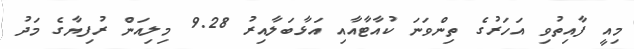
މިއީ ފާއިތުވި އަހަރުގެ ތިންވަނަ ކުއާޓާއާއި އަޅާބަލާއިރު 9.28 މިލިއަން ރުފިޔާގެ މަދު